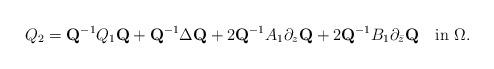
LaTeX: \begin{align*}Q_2=\mbox{\bf Q}^{-1}Q_1\mbox{\bf Q}+\mbox{\bf Q}^{-1}\Delta \mbox{\bf Q}+2\mbox{\bf Q}^{-1}A_1\partial_z\mbox{\bf Q}+2\mbox{\bf Q}^{-1}B_1\partial_{\bar z}\mbox{\bf Q}\quad\mbox{in}\,\,\Omega .\end{align*}